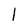
Character: l